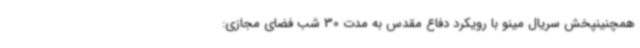
همچنینپخش سریال مینو با رویکرد دفاع مقدس به مدت 30 شب فضای مجازی: